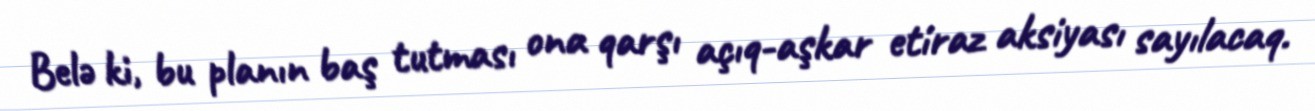
Belə ki, bu planın baş tutması ona qarşı açıq-aşkar etiraz aksiyası sayılacaq.